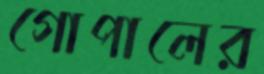
গোপালের